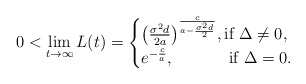
\begin{align*}0<\lim_{t \to \infty} L(t) =\begin{cases}\big(\frac{\sigma^2d}{2a}\big)^{\frac{c}{a-\frac{\sigma^2d}{2}}} , \mbox{if} \ \Delta \neq 0, \\ e^{-\frac{c}{a}}, \quad\quad\quad\ \mbox{if} \ \Delta=0 .\end{cases}\end{align*}